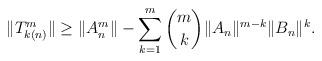
LaTeX: \begin{align*}\|T_{k(n)}^m\|\ge\|A_n^m\|-\sum_{k=1}^m\binom mk\|A_n\|^{m-k}\|B_n\|^k.\end{align*}